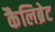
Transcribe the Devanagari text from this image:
कैलिब्रेट